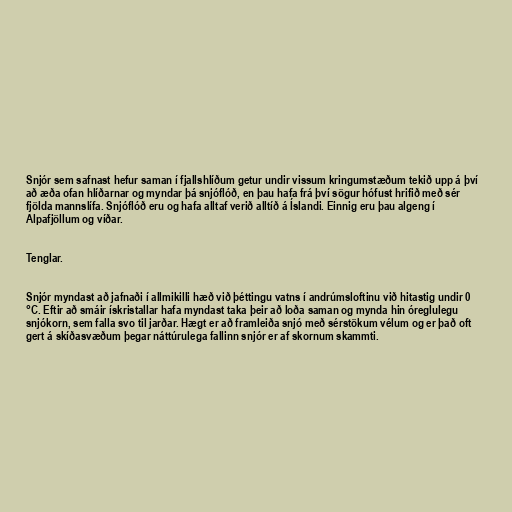
Snjór sem safnast hefur saman í fjallshlíðum getur undir vissum kringumstæðum tekið upp á því
að æða ofan hlíðarnar og myndar þá snjóflóð, en þau hafa frá því sögur hófust hrifið með sér
fjölda mannslífa. Snjóflóð eru og hafa alltaf verið alltíð á Íslandi. Einnig eru þau algeng í
Alpafjöllum og víðar.

Tenglar.

Snjór myndast að jafnaði í allmikilli hæð við þéttingu vatns í andrúmsloftinu við hitastig undir 0
°C. Eftir að smáir ískristallar hafa myndast taka þeir að loða saman og mynda hin óreglulegu
snjókorn, sem falla svo til jarðar. Hægt er að framleiða snjó með sérstökum vélum og er það oft
gert á skíðasvæðum þegar náttúrulega fallinn snjór er af skornum skammti.